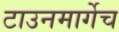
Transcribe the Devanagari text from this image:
टाउनमार्गेच